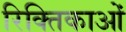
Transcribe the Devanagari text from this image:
रिक्तिकाओं